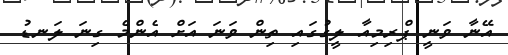
އޭނާ ވަނީ ޕްރިމިއާ ލީގުގައި ތިން ވަނަ އަށް އެންމެ ގިނަ ލަނޑު